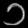
Digit: ၁